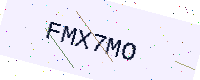
Text: FMX7MO